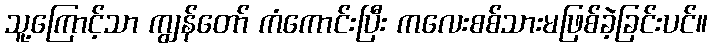
သူ့ကြောင့်သာ ကျွန်တော် ကံကောင်းပြီး ကလေးစစ်သားမဖြစ်ခဲ့ခြင်းပင်။